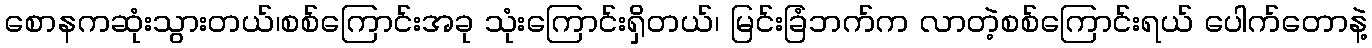
စောနကဆုံးသွားတယ်၊စစ်ကြောင်းအခု သုံးကြောင်းရှိတယ်၊ မြင်းခြံဘက်က လာတဲ့စစ်ကြောင်းရယ် ပေါက်တောနဲ့